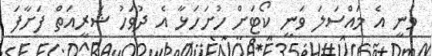
ވަނީ އެ މައްސަލަ ވަނީ ކޯޓަށް ހުށަހަޅާ އެ ދުވަހު ޝަރީއަތް ފަށާފަ